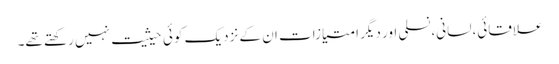
علاقائی،لسانی،نسلی اور دیگر امتیازات ان کے نزدیک کوئی حیثیت نہیں رکھتے تھے۔